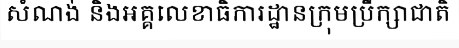
សំណង់ និងអគ្គលេខាធិការដ្ឋានក្រុមប្រឹក្សាជាតិ